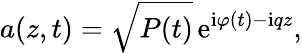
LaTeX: a\! \left(z,t\right)=\sqrt{P\! \left(t\right)}\, {\mathrm e}^{\mathrm{i}\varphi\left(t\right)-\mathrm{i}qz},